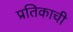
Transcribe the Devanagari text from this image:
प्रतिकाची